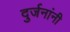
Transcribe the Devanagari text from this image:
दुर्जनांनी